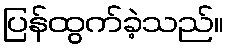
ပြန်ထွက်ခဲ့သည်။